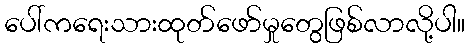
ပေါ်ကရေးသားထုတ်ဖော်မှုတွေဖြစ်လာလို့ပါ။